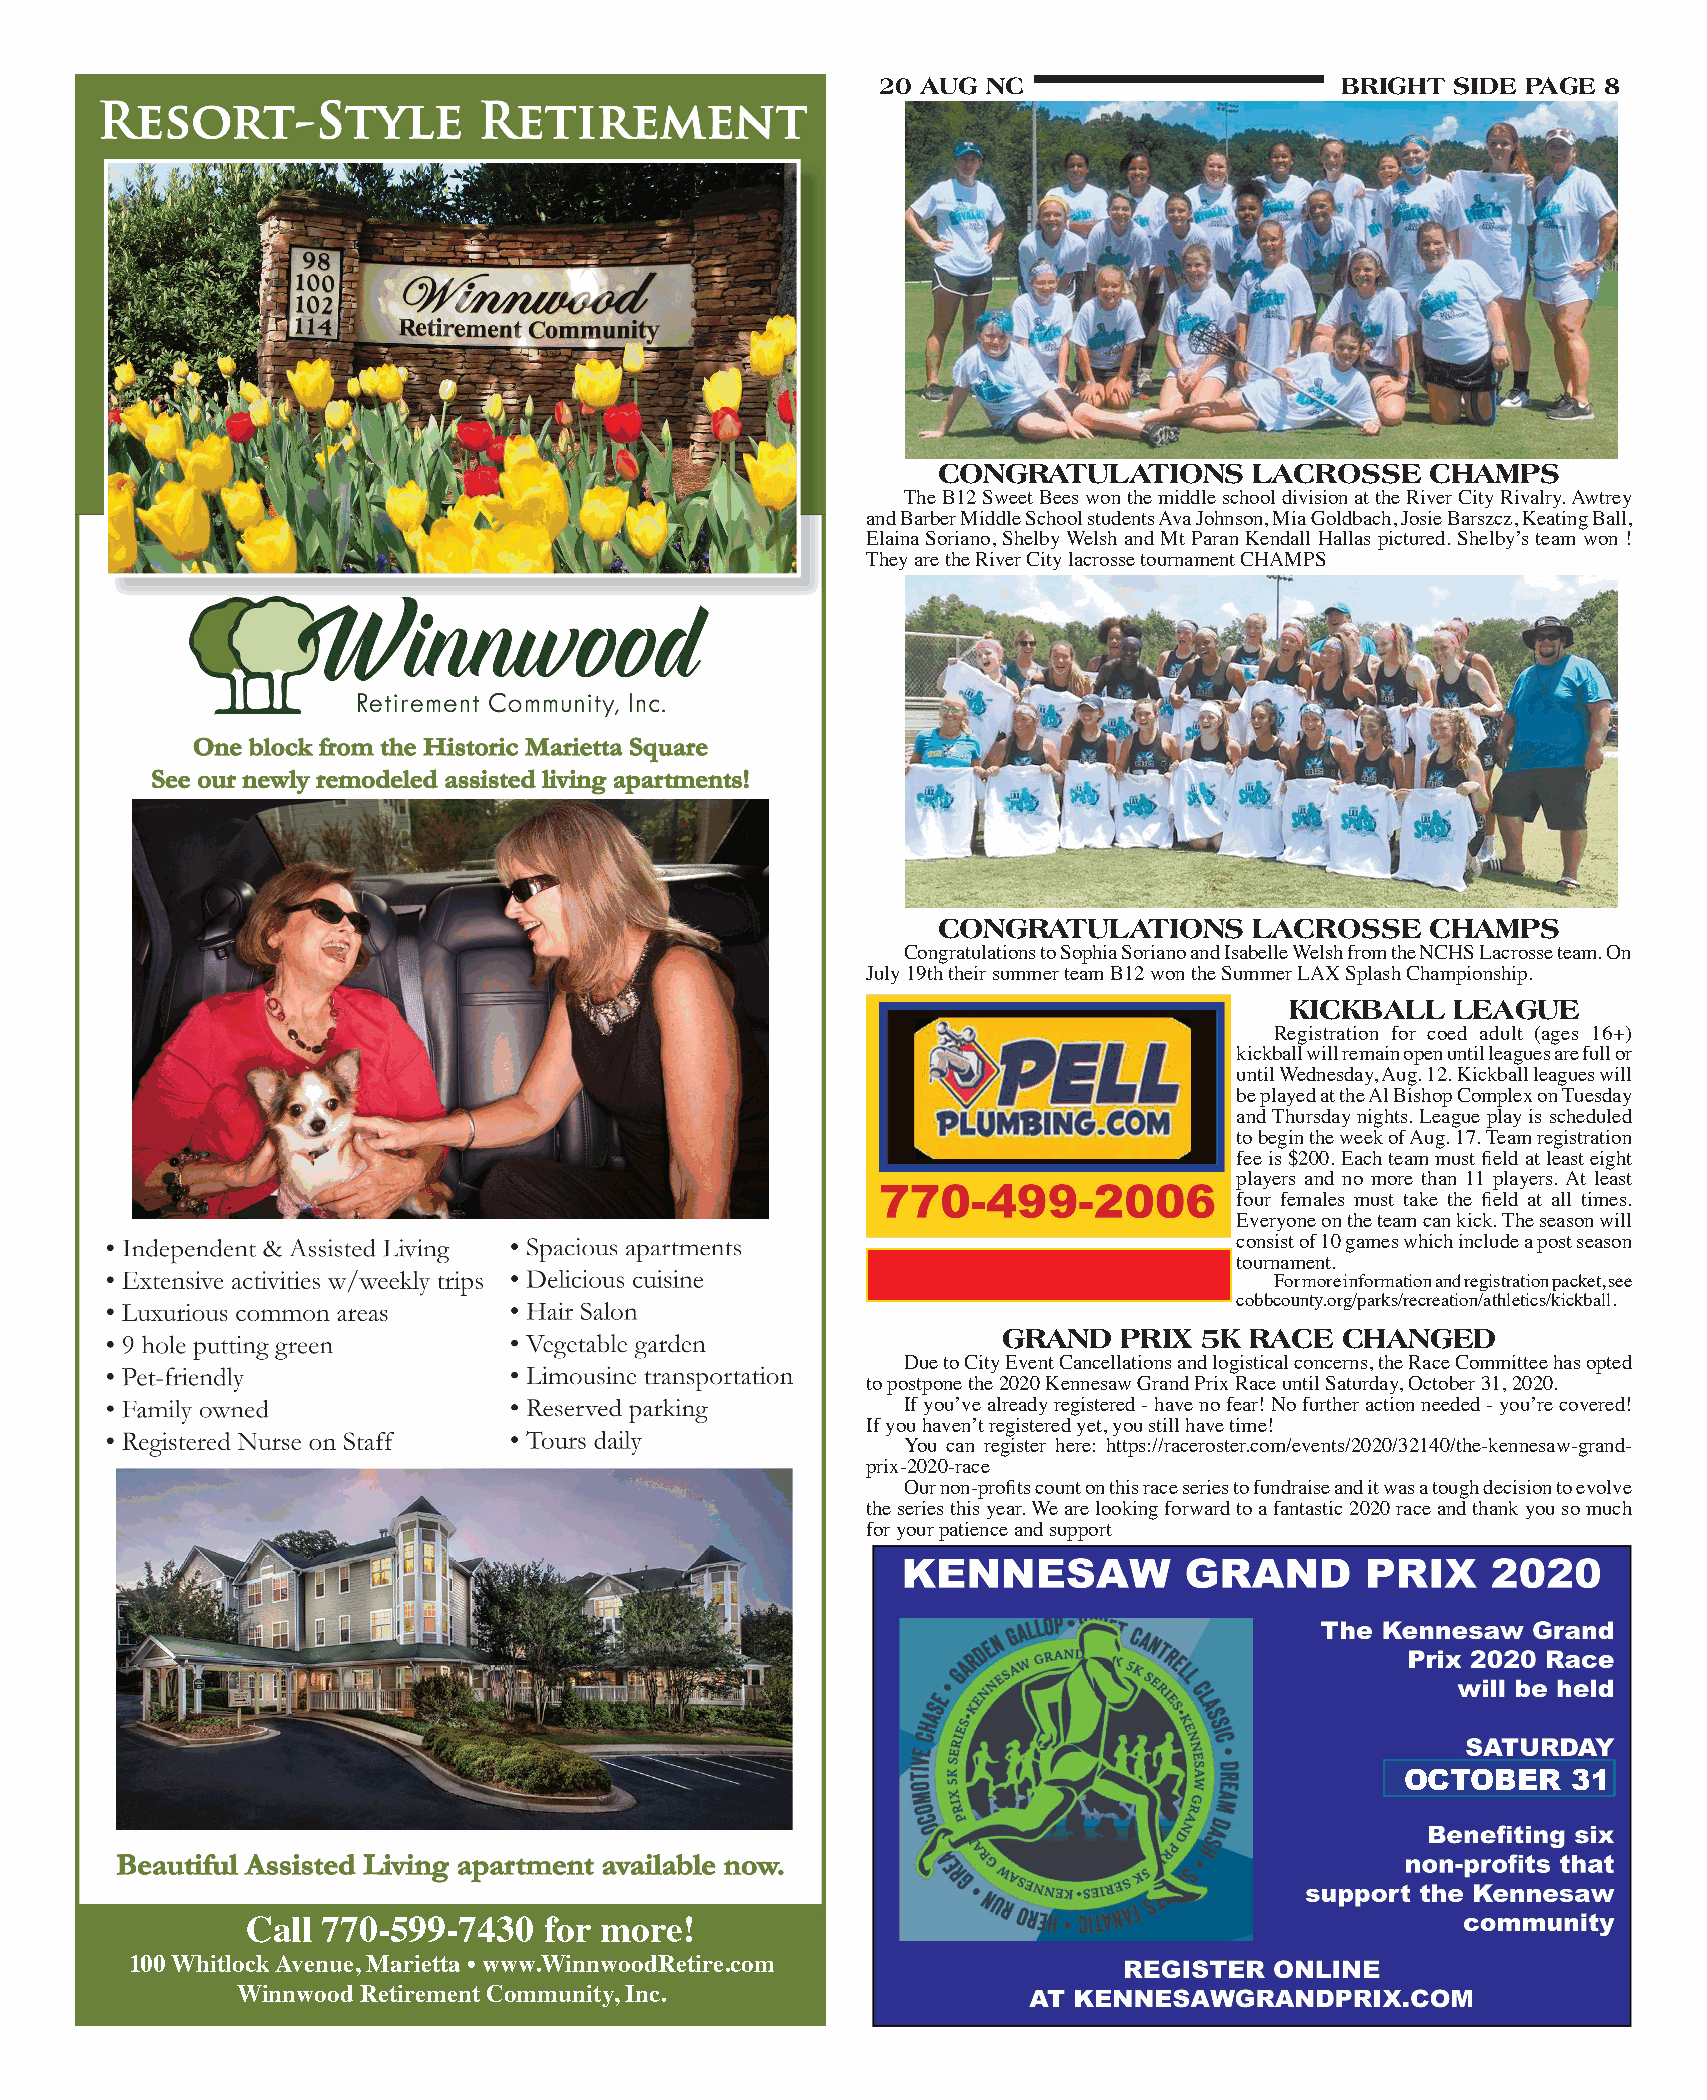
20 AUg nC                      bRIghT SIDE PAgE 8
 COngRATULATIOnS      LACROSSE    ChAMPS
 The B12 Sweet Bees won the middle school division at the River City Rivalry. Awtrey
 and Barber Middle School students Ava Johnson, Mia Goldbach, Josie Barszcz, Keating Ball,
 Elaina Soriano, Shelby Welsh and Mt Paran Kendall Hallas pictured. Shelby’s team won !
 They are the River City lacrosse tournament CHAMPS
 COngRATULATIOnS      LACROSSE    ChAMPS
 Congratulations to Sophia Soriano and Isabelle Welsh from the NCHS Lacrosse team. On
 July 19th their summer team B12 won the Summer LAX Splash Championship.
 KICKbALL   LEAgUE
 Registration for coed adult (ages 16+)
 kickball will remain open until leagues are full or
 until Wednesday, Aug. 12. Kickball leagues will
 be played at the Al Bishop Complex on Tuesday
 and Thursday nights. League play is scheduled
 to begin the week of Aug. 17. Team registration
 fee is $200. Each team must field at least eight
 players and no more than 11 players. At least
 four females must take the field at all times.
 Everyone on the team can kick. The season will
 consist of 10 games which include a post season
 tournament.
 For more information and registration packet, see
 cobbcounty.org/parks/recreation/athletics/kickball.
 gRAnD   PRIx  5K RACE  ChAngED
 Due to City Event Cancellations and logistical concerns, the Race Committee has opted
 to postpone the 2020 Kennesaw Grand Prix Race until Saturday, October 31, 2020.
 If you’ve already registered - have no fear! No further action needed - you’re covered!
 If you haven’t registered yet, you still have time!
 You can register here: https://raceroster.com/events/2020/32140/the-kennesaw-grand-
 prix-2020-race
 Our non-profits count on this race series to fundraise and it was a tough decision to evolve
 the series this year. We are looking forward to a fantastic 2020 race and thank you so much
 for your patience and support
 october    31
 call 770-599-7430   for more!
 100 Whitlock Avenue, Marietta • www.WinnwoodRetire.com
 winnwood Retirement community, inc.